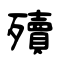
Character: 殰